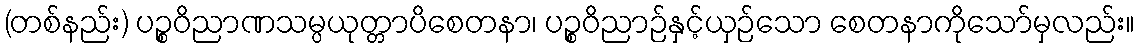
(တစ်နည်း) ပဉ္စဝိညာဏသမ္ပယုတ္တာပိစေတနာ၊ ပဉ္စဝိညာဉ်နှင့်ယှဉ်သော စေတနာကိုသော်မှလည်း။